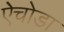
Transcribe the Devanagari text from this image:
ऐचोडा